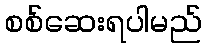
စစ်ဆေးရပါမည်